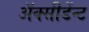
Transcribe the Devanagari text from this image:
अॅक्सीडेंन्ट